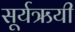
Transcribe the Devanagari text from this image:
सूर्यऋयी